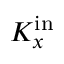
K _ { x } ^ { \mathrm { i n } }